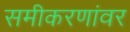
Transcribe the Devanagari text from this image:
समीकरणांवर